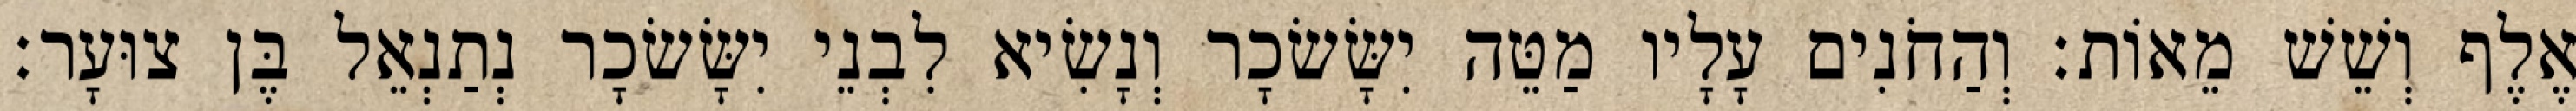
אֶלֶף וְשֵׁשׁ מֵאוֹת׃ וְהַחֹנִים עָלָיו מַטֵּה יִשָּׂשׂכָר וְנָשִׂיא לִבְנֵי יִשָּׂשׂכָר נְתַנְאֵל בֶּן צוּעָר׃